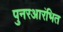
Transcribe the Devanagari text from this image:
पुनरआरंभित